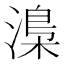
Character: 𣻏